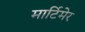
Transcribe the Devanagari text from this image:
मार्टिमेर